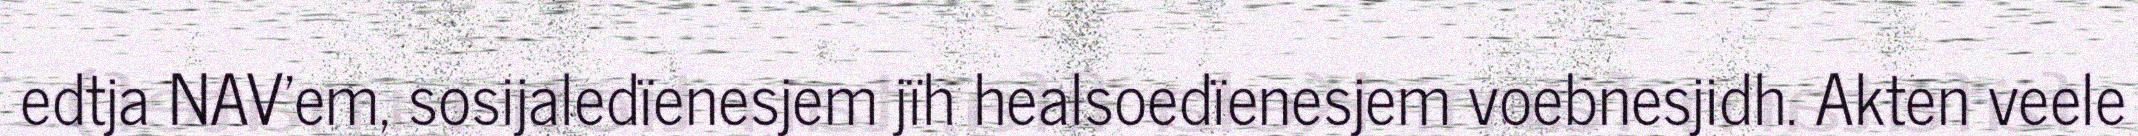
edtja NAV'em, sosijaledïenesjem jïh healsoedïenesjem voebnesjidh. Akten veele